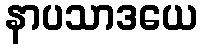
နာပသာဒယေ